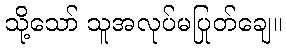
သို့သော် သူအလုပ်မပြုတ်ချေ။